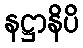
နဋ္ဌာနိပိ